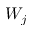
W _ { j }